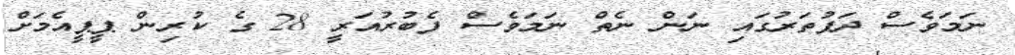
ނަމަވެސް ދަފުތަރުގައި ނަން ނެތް ނަމަވެސް ފެބުރުއަރީ 28 ގެ ކުރިން ޕީޕީއެމަށް